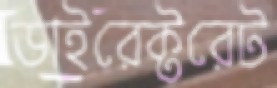
ডাইরেক্টরেট